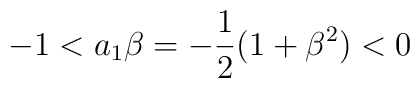
-1 < a_1\beta = -\frac{1}{2} (1+ \beta^2) < 0